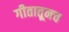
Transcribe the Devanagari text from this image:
गीतातूनच